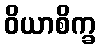
ဝိယာစိက္ခ